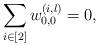
LaTeX: \begin{align*} \sum_{i\in [2]} w^{(i,l)}_{0,0}=0,\end{align*}